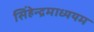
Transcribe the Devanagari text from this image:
सिंहेन्द्रमाध्ययम